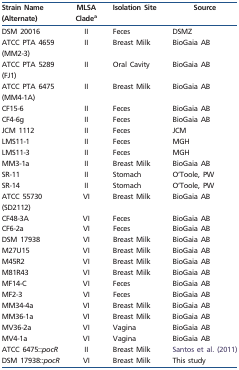
| Strain Name (Alternate) | MLSA Cladea | Isolation Site | Source |
 | --- | --- | --- | --- |
 | DSM 20016 | II | Feces | DSMZ |
 | ATCC PTA 4659 (MM2-3) | II | Breast Milk | BioGaia AB |
 | ATCC PTA 5289 (FJ1) | II | Oral Cavity | BioGaia AB |
 | ATCC PTA 6475 (MM4-1A) | II | Breast Milk | BioGaia AB |
 | CF15-6 | II | Feces | BioGaia AB |
 | CF4-6g | II | Feces | BioGaia AB |
 | JCM 1112 | II | Feces | JCM |
 | LMS11-1 | II | Feces | MGH |
 | LMS11-3 | II | Feces | MGH |
 | MM3-1a | II | Breast Milk | BioGaia AB |
 | SR-11 | II | Stomach | O’Toole, PW |
 | SR-14 | II | Stomach | O’Toole, PW |
 | ATCC 55730 (SD2112) | VI | Breast Milk | BioGaia AB |
 | CF48-3A | VI | Feces | BioGaia AB |
 | CF6-2a | VI | Feces | BioGaia AB |
 | DSM 17938 | VI | Breast Milk | BioGaia AB |
 | M27U15 | VI | Breast Milk | BioGaia AB |
 | M45R2 | VI | Breast Milk | BioGaia AB |
 | M81R43 | VI | Breast Milk | BioGaia AB |
 | MF14-C | VI | Feces | BioGaia AB |
 | MF2-3 | VI | Feces | BioGaia AB |
 | MM34-4a | VI | Breast Milk | BioGaia AB |
 | MM36-1a | VI | Breast Milk | BioGaia AB |
 | MV36-2a | VI | Vagina | BioGaia AB |
 | MV4-1a | VI | Vagina | BioGaia AB |
 | ATCC 6475::pocR | II | Breast Milk | Santos et al. (2011) |
 | DSM 17938::pocR | VI | Breast Milk | This study |